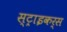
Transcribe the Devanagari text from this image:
स्‍ट्राइकर्स